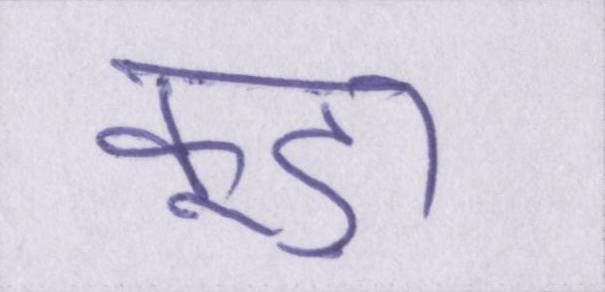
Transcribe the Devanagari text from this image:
कूड़ा